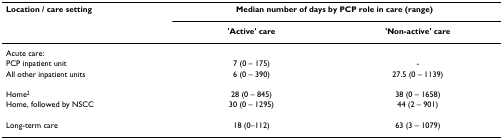
| Location / care setting | <COLSPAN=2> Median number of days by PCP role in care (range) |
 |  | 'Active' care | 'Non-active' care |
 | --- | --- | --- |
 | Acute care: |  |  |
 | PCP inpatient unit | 7 (0 – 175) | - |
 | All other inpatient units | 6 (0 – 390) | 27.5 (0 – 1139) |
 | Home2 | 28 (0 – 845) | 38 (0 – 1658) |
 | Home, followed by NSCC | 30 (0 – 1295) | 44 (2 – 901) |
 | Long-term care | 18 (0–112) | 63 (3 – 1079) |